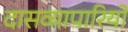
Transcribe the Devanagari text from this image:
दासव्यापारियों